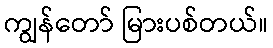
ကျွန်တော် မြားပစ်တယ်။